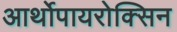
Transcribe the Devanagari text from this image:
आर्थोपायरोक्सिन